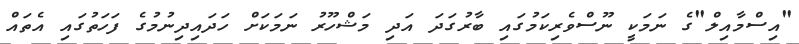
"އިސްމާއިލް"ގެ ނަމަކީ ނޫސްވެރިކަމުގައި ބާރުގަދަ އަދި މަޝްހޫރު ނަމަކަށް ހަދައިދިނުމުގެ ފަހަތުގައި އެތައް